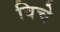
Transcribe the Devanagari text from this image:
विचे